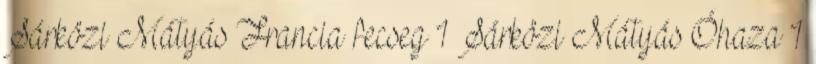
Sárközi Mátyás Francia fecseg 1 Sárközi Mátyás Óhaza 1